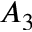
A _ { 3 }